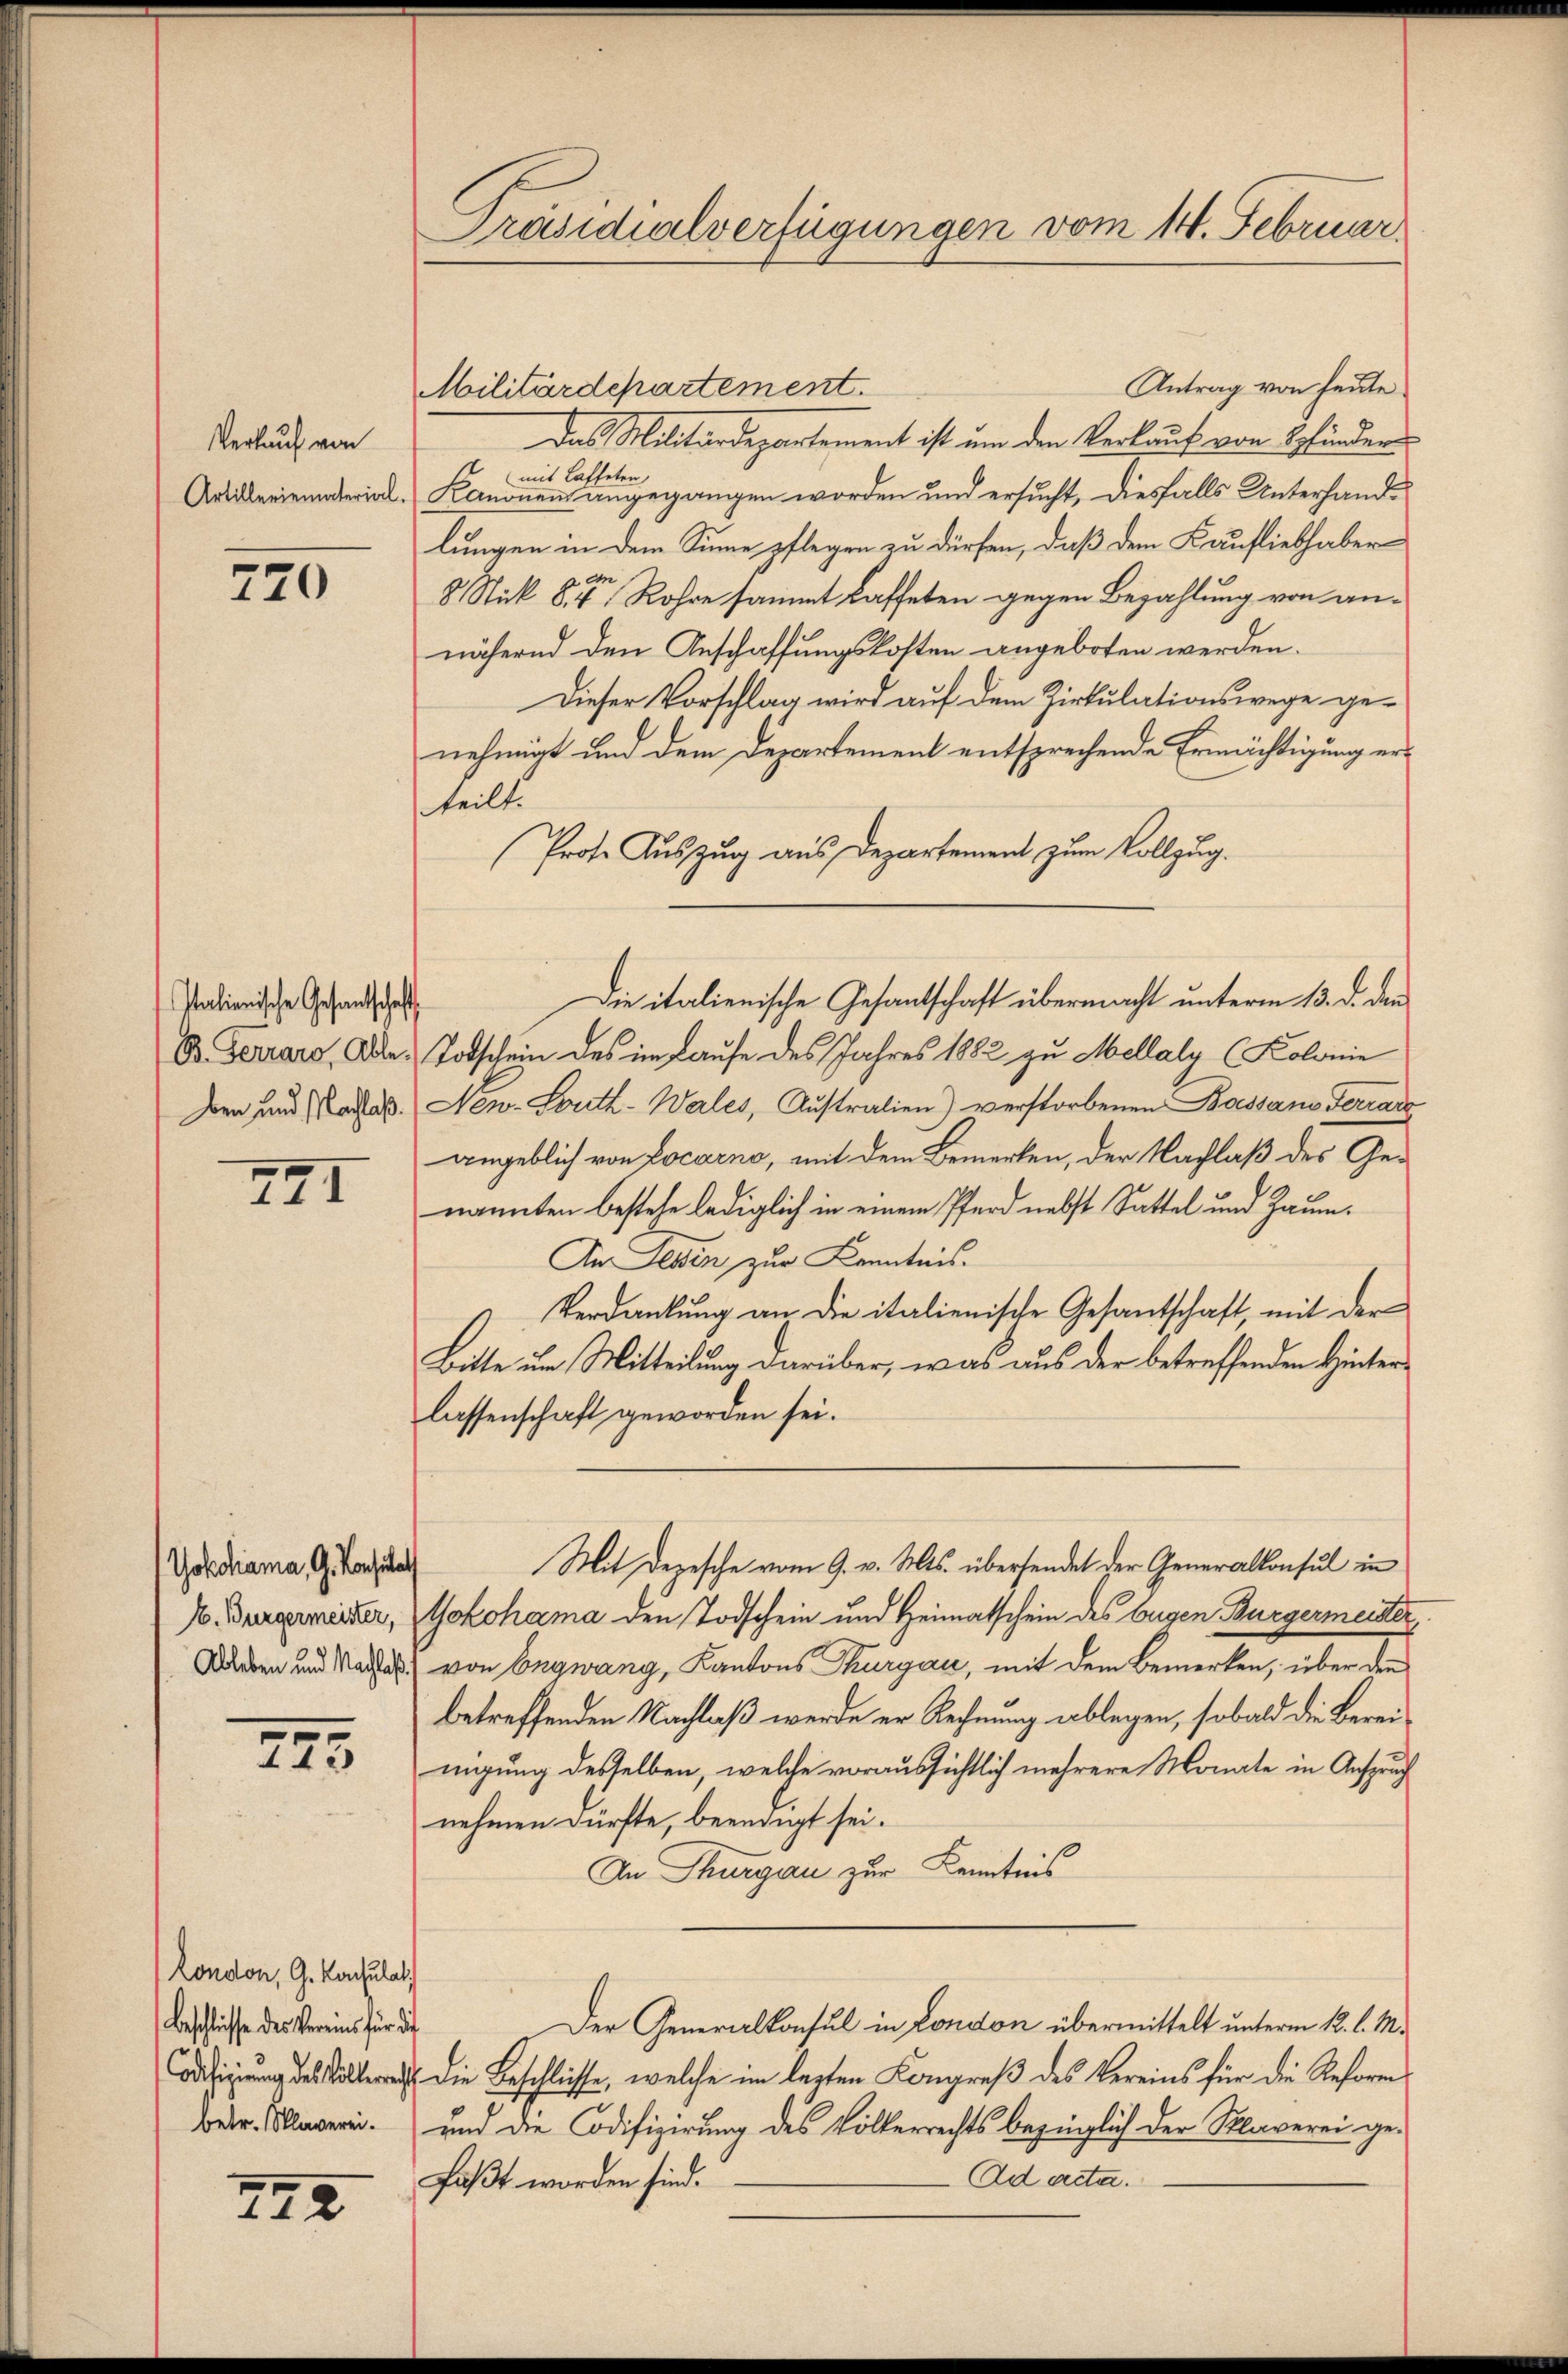
Verlauf von
Artilleriematerial

720

Italienische Gesandtschaft,
ben und Nachlaß.

XII

Yokohama, G. Konstal
H. Bürgermeister,

745.

London, G. Konsulat
Beschlüsse des Vereins für die

772

Präsidialverfügungen vom 14. Februar

Antrag von heute
Militärdepartement.
Das Militärdepartement ist um den Verkauf von Spfinden
mit Laffeten,
Kanonen angegangen worden und ersucht, diesfalls Unterhandlungen in dem Sinne pflegen zu dürfen, daß dem Kaufliebhaber
8 Stick 8.t Rohre sammt kaffeten gegen Bezahlung von annähernd den Anschaffungskosten angeboten werden.
Dieser Vorschlag wird auf dem Zirkulationswege genehmigt und dem Departement entsprechende Ermächtigung erteilt.
Prote Auszug aus Departement zum Vollzug.
Dr. Ferrara, Adle. Todschein des im Laufe des Jahres 1882 zu Mellaly (Kolonie
New. South-Wales, Australien) verstorbenen Bossano Ferrarz
angeblich von Locarno, mit dem Bemerken, der Nachlaß des Genannten bestehe lediglich in einem Pferd nebst Sattel und Zaum¬
An Jeden zur Kenntnis.
Verdankŭng an die italienische Gesantschaft, mit der
Bitte um Mitteilung darüber, was aus der betreffenden Hinterlassenschaft geworden sei.
Mit Depesche vom 9. v. Mts. übersendet der Generalkonsul in
Yokohama den Todschein und Heimatschein des Eugen Bürgermeister
Wurden und Nachtes von Engwang, Kantons Thurgau, mit dem Bemerken, über den
betreffenden Nachlaß werde er Rechnung ablegen, sobald die Bereinigung desselben, welche voraussichtlich mehrere Monate in Anspruch
nehmen dürfte, beendigt sei.
An Thurgau zur Kenntnis
Der Generalkonsul in London übermittelt unterm 12. l. M.
 de die Beschlüsse, welche im lasten Kongreß des Vereins für die Reform
Betr. Klagerei und die Codifizirung des Völkerrechts bezüglich der Maverei ge-
Ad acta.
faßt worden sind.

Die italienische Gesantschaft übermacht unterm 13. d. den